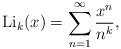
LaTeX: \begin{align*}\textrm{Li}_k(x)=\sum_{n=1}^\infty\frac{x^n}{n^k},\end{align*}